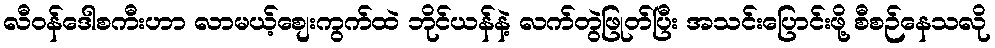
လီဝန်ဒေါစကီးဟာ လာမယ့်စျေးကွက်ထဲ ဘိုင်ယန်နဲ့ လက်တွဲဖြုတ်ပြီး အသင်းပြောင်းဖို့ စီစဉ်နေသလို